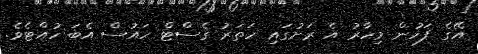
އޭގެ ފަހުން މިހާރު އެ ރަށުގައި ހަތަރު ގެސްޓް ހައުސް އެބަ ހުއްޓެވެ.